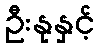
ဦးနုနှင့်